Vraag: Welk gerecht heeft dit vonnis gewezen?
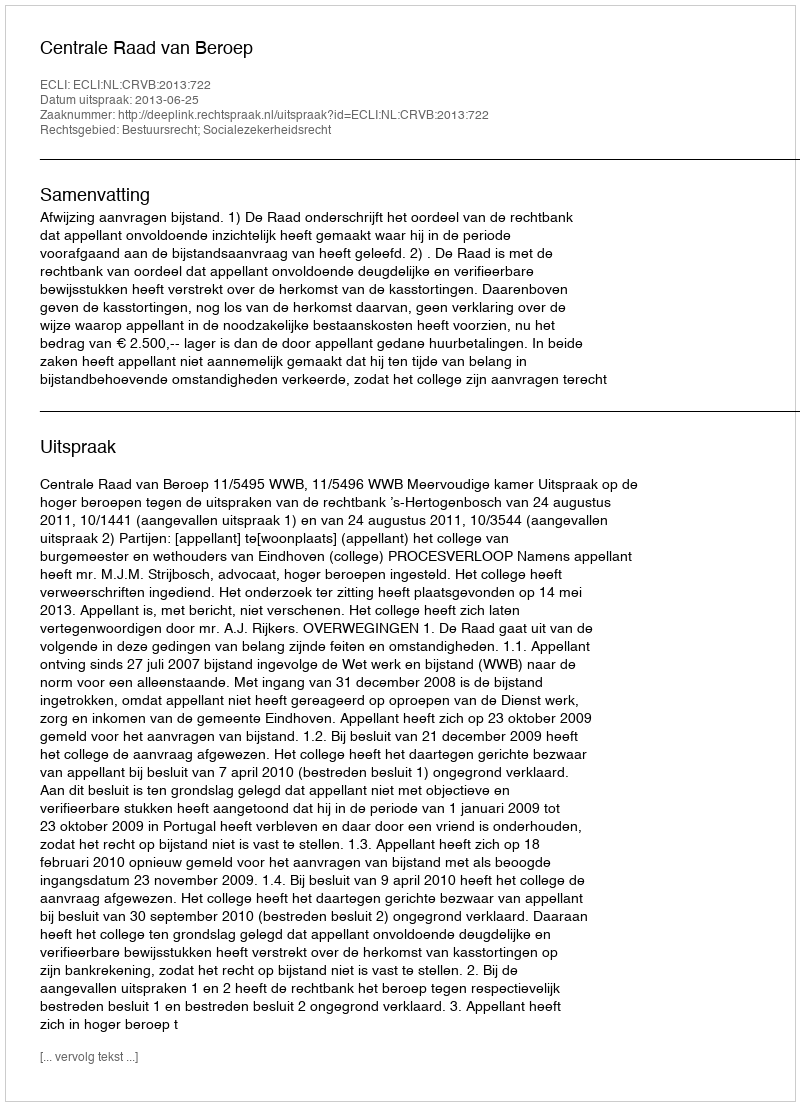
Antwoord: Centrale Raad van Beroep